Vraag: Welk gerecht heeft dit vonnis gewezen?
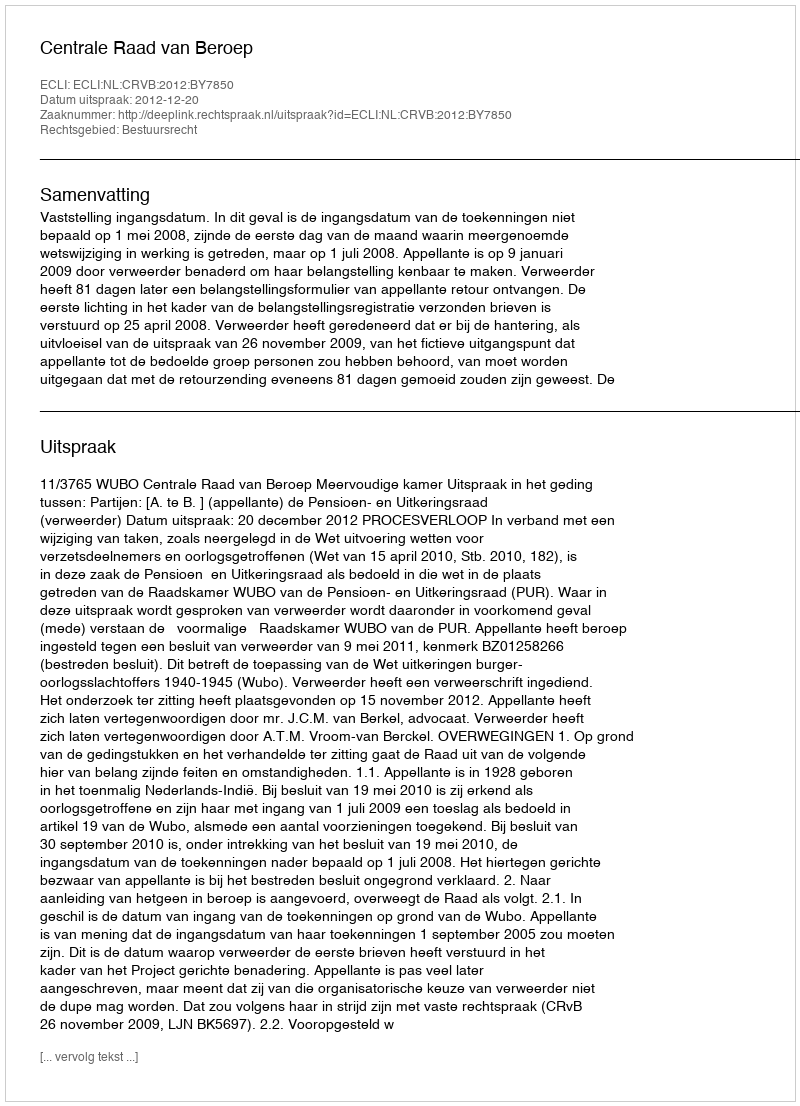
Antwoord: Centrale Raad van Beroep